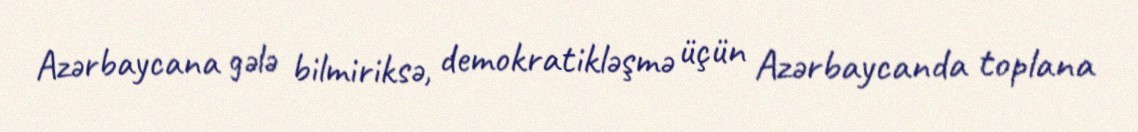
Azərbaycana gələ bilmiriksə, demokratikləşmə üçün Azərbaycanda toplana